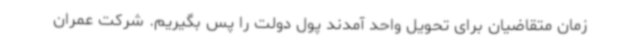
زمان متقاضیان برای تحویل واحد آمدند پول دولت را پس بگیریم. شرکت عمران